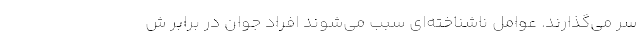
سر می‌گذارند. عوامل ناشناخته‌ای سبب می‌شوند افراد جوان در برابر ش